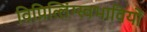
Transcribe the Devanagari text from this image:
विप्रित्लिंग्स्वभावियों